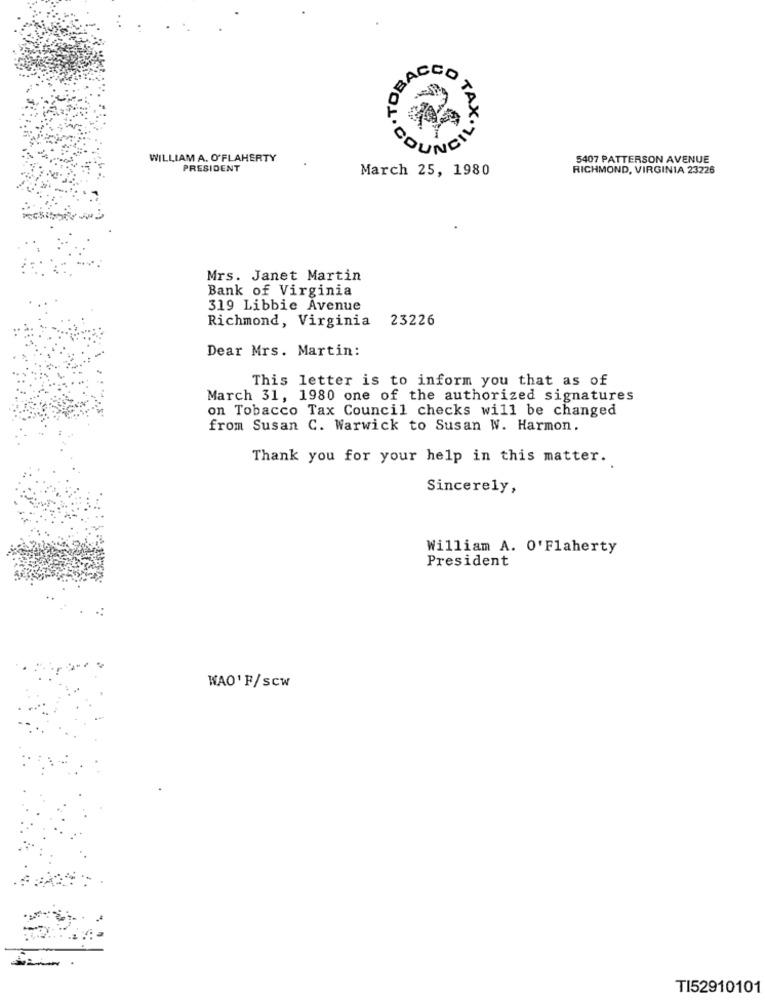
BACCO
TAX. 710
WILLIAM A. O'FLAHERTY
5407 PATTERSON AVENUE
PRESIDENT
March 25, 1980
RICHMOND, VIRGINIA 23226
Mrs. Janet Martin
Bank of Virginia
319 Libbie Avenue
Richmond, Virginia 23226
Dear Mrs. Martin:
This letter is to inform you that as of
March 31, 1980 one of the authorized signatures
on Tobacco Tax Council checks will be changed
from Susan C. Warwick to Susan W. Harmon.
Thank you for your help in this matter.
Sincerely,
William A. O'Flaherty
President
WAO' F/SCW
TI52910101